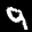
Label: 9